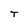
Character: T